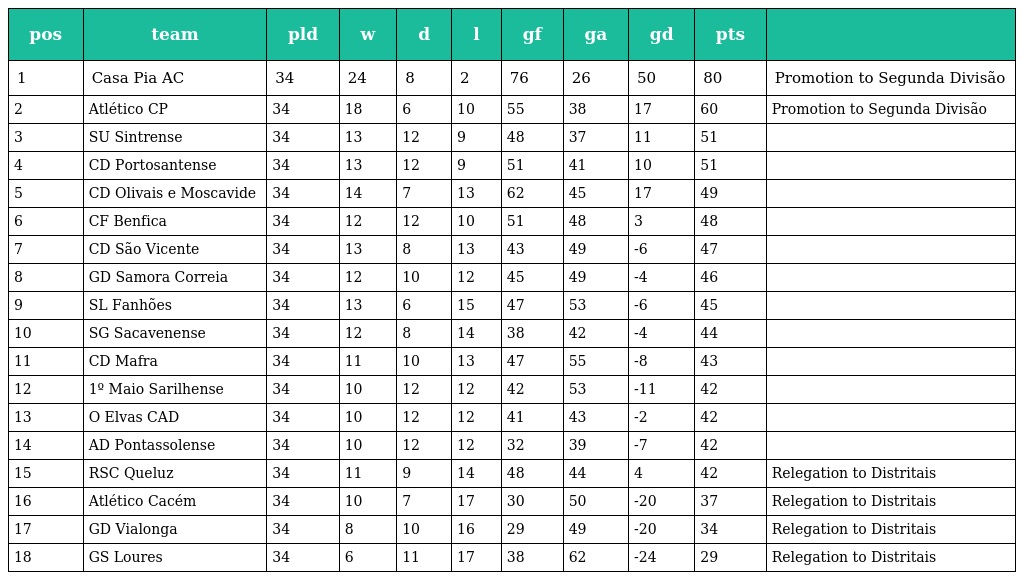
| pos | team | pld | w | d | l | gf | ga | gd | pts |  |
 | --- | --- | --- | --- | --- | --- | --- | --- | --- | --- | --- |
 | 1 | Casa Pia AC | 34 | 24 | 8 | 2 | 76 | 26 | 50 | 80 | Promotion to Segunda Divisão |
 | 2 | Atlético CP | 34 | 18 | 6 | 10 | 55 | 38 | 17 | 60 | Promotion to Segunda Divisão |
 | 3 | SU Sintrense | 34 | 13 | 12 | 9 | 48 | 37 | 11 | 51 |  |
 | 4 | CD Portosantense | 34 | 13 | 12 | 9 | 51 | 41 | 10 | 51 |  |
 | 5 | CD Olivais e Moscavide | 34 | 14 | 7 | 13 | 62 | 45 | 17 | 49 |  |
 | 6 | CF Benfica | 34 | 12 | 12 | 10 | 51 | 48 | 3 | 48 |  |
 | 7 | CD São Vicente | 34 | 13 | 8 | 13 | 43 | 49 | -6 | 47 |  |
 | 8 | GD Samora Correia | 34 | 12 | 10 | 12 | 45 | 49 | -4 | 46 |  |
 | 9 | SL Fanhões | 34 | 13 | 6 | 15 | 47 | 53 | -6 | 45 |  |
 | 10 | SG Sacavenense | 34 | 12 | 8 | 14 | 38 | 42 | -4 | 44 |  |
 | 11 | CD Mafra | 34 | 11 | 10 | 13 | 47 | 55 | -8 | 43 |  |
 | 12 | 1º Maio Sarilhense | 34 | 10 | 12 | 12 | 42 | 53 | -11 | 42 |  |
 | 13 | O Elvas CAD | 34 | 10 | 12 | 12 | 41 | 43 | -2 | 42 |  |
 | 14 | AD Pontassolense | 34 | 10 | 12 | 12 | 32 | 39 | -7 | 42 |  |
 | 15 | RSC Queluz | 34 | 11 | 9 | 14 | 48 | 44 | 4 | 42 | Relegation to Distritais |
 | 16 | Atlético Cacém | 34 | 10 | 7 | 17 | 30 | 50 | -20 | 37 | Relegation to Distritais |
 | 17 | GD Vialonga | 34 | 8 | 10 | 16 | 29 | 49 | -20 | 34 | Relegation to Distritais |
 | 18 | GS Loures | 34 | 6 | 11 | 17 | 38 | 62 | -24 | 29 | Relegation to Distritais |